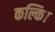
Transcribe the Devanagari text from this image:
कल्कि।